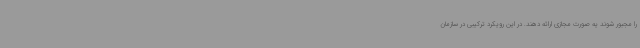
را مجبور شوند یه صورت مجازی ارائه دهند. در این رویکرد ترکیبی در سازمان